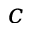
c